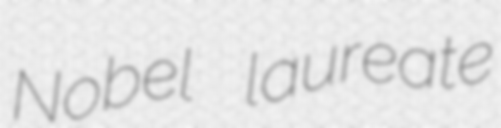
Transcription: Nobel laureate